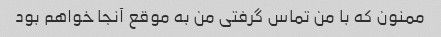
ممنون که با من تماس گرفتی من به موقع آنجا خواهم بود